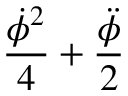
\frac { \dot { \phi } ^ { 2 } } { 4 } + \frac { \ddot { \phi } } { 2 }